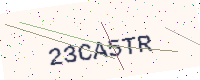
Text: 23CA5TR